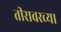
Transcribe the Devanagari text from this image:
तीरावरच्या